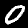
Digit: 0